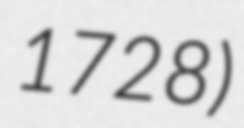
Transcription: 1728)